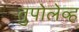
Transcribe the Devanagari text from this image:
तुपोलेव्ह